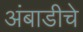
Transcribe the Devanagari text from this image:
अंबाडीचे